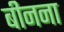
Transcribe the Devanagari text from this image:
बीनना